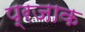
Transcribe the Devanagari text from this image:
प्रजाक